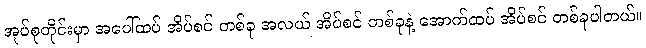
အုပ်စုတိုင်းမှာ အပေါ်ထပ် အိပ်စင် တစ်ခု အလယ် အိပ်စင် တစ်ခုနဲ့ အောက်ထပ် အိပ်စင် တစ်ခုပါတယ်။